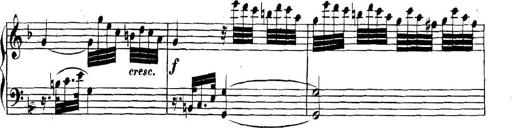
Title: Collected Piano Sonatas
Composer: Muzio Clementi